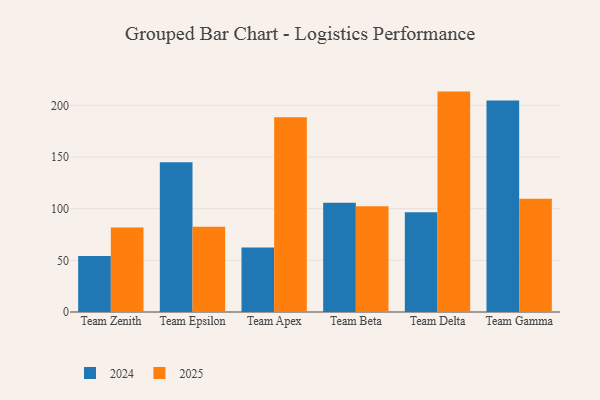
{"axis": {"x": "Team", "y": "Satisfaction Score"}, "legend": ["2024", "2025"], "data": [{"x": "Team Zenith", "y": 54.3, "type": "2024"}, {"x": "Team Zenith", "y": 81.8, "type": "2025"}, {"x": "Team Epsilon", "y": 145.0, "type": "2024"}, {"x": "Team Epsilon", "y": 82.4, "type": "2025"}, {"x": "Team Apex", "y": 62.4, "type": "2024"}, {"x": "Team Apex", "y": 188.4, "type": "2025"}, {"x": "Team Beta", "y": 105.8, "type": "2024"}, {"x": "Team Beta", "y": 102.4, "type": "2025"}, {"x": "Team Delta", "y": 96.6, "type": "2024"}, {"x": "Team Delta", "y": 213.3, "type": "2025"}, {"x": "Team Gamma", "y": 204.8, "type": "2024"}, {"x": "Team Gamma", "y": 109.7, "type": "2025"}]}